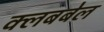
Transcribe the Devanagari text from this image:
क्लबबेल